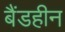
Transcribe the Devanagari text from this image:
बैंडहीन